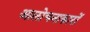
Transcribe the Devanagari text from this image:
आलोचनाकारों